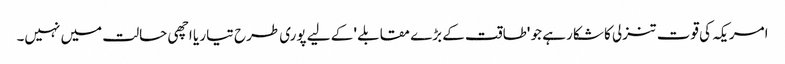
امریکہ کی قوت تنزلی کا شکار ہے جو 'طاقت کے بڑے مقابلے ' کے لیے پوری طرح تیار یا اچھی حالت میں نہیں۔